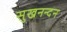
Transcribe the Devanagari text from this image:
सुखनन्दन